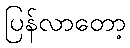
ပြန်လာတော့